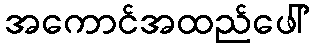
အကောင်အထည်ဖေါ်